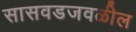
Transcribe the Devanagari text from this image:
सासवडजवळील